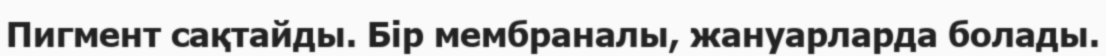
Пигмент сақтайды. Бір мембраналы, жануарларда болады.